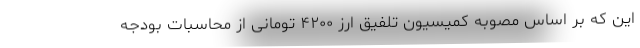
این که بر اساس مصوبه کمیسیون تلفیق ارز ۴۲۰۰ تومانی از محاسبات بودجه